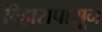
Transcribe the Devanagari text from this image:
विहारापासून